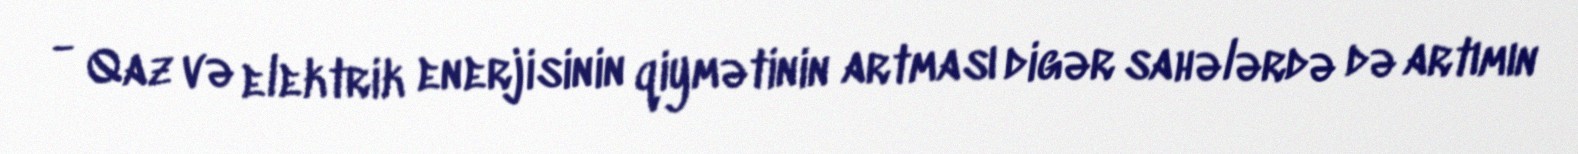
- Qaz və elektrik enerjisinin qiymətinin artması digər sahələrdə də artımın